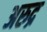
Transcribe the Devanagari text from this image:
अरुद्र